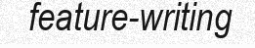
feature-writing